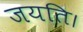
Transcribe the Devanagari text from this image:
जयति।